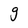
Character: g